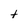
Character: t